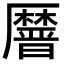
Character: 𫨤